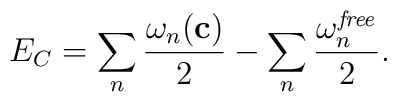
E_C=\sum_n {\omega_n({\bf c})\over 2}-\sum_n {\omega_n^{\it free}\over 2}.